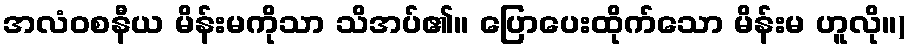
အလံဝစနီယ မိန်းမကိုသာ သိအပ်၏။ ပြောပေးထိုက်သော မိန်းမ ဟူလို။)